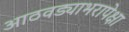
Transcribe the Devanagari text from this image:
आठवड्याभरापेक्षा